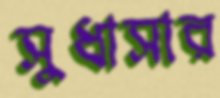
সুধাসার